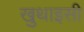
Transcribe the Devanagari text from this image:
खुथाइसी